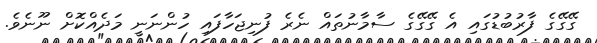
ގޭގޭގެ ފާރުބުޑުގައި އެ ގޭގޭގެ ސާމާނުތައް ނެރެ ފުނިޖަހާފައި ހުންނަނީ މަދެއްކޮށް ނޫނެވެ.